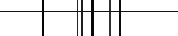
٣١